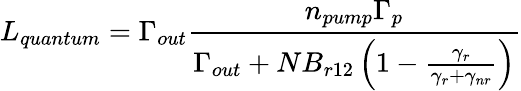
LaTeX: L_{quantum}=\Gamma_{out}\frac{n_{pump}\Gamma_{p}}{\Gamma_{out}+NB_{r12}\left(1-\frac{\gamma_{r}}{\gamma_{r}+\gamma_{nr}}\right)}